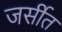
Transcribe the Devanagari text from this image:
जर्सीत